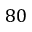
8 0